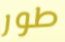
طور